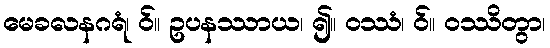
မေခလနဂရံ၊ ဝ်။ ဥပနဿာယ၊ ၍။ ဝဿံ၊ ဝ်။ ဝဿိတွာ၊